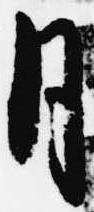
月